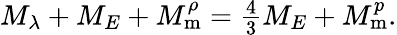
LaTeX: \begin{array}{r}{M_{\lambda}+M_{E}+M_{\mathrm{m}}^{\rho}=\frac{4}{3}M_{E}+M_{\mathrm{m}}^{p}.}\end{array}